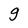
Character: g